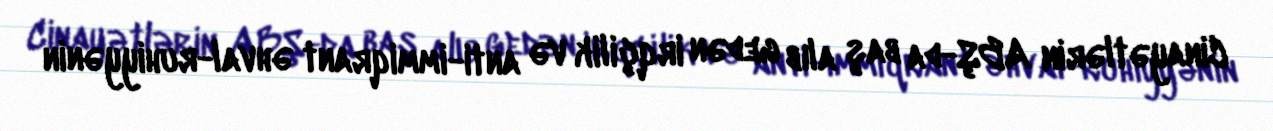
Cinayətlərin ABŞ-da baş alıb gedən irqçilik və anti-immiqrant əhval-ruhiyyənin